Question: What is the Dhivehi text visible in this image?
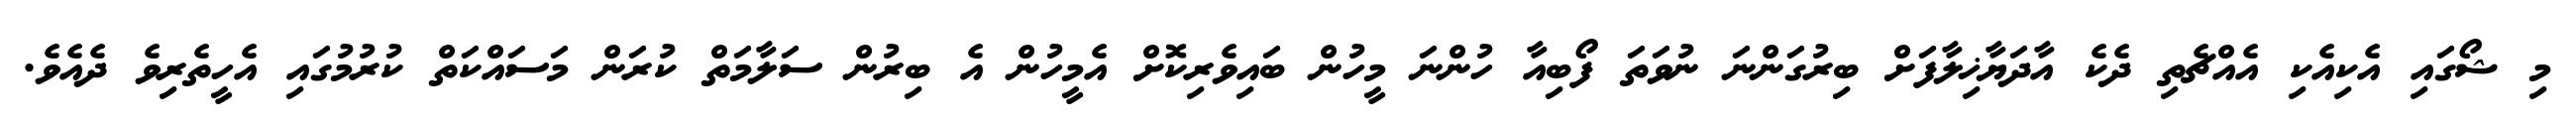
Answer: މި ޝޯގައި އެކިއެކި އެއްޗެތި ދެކެ އާދަޔާޚިލާފަށް ބިރުގަންނަ ނުވަތަ ފޯބިއާ ހުންނަ މީހުން ބައިވެރިކޮށް އެމީހުން އެ ބިރުން ސަލާމަތް ކުރަން މަސައްކަތް ކުރުމުގައި އެހީތެރިވެ ދެއެވެ.